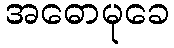
အဓောမုခေ